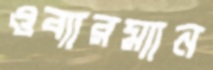
ওব্যারম্যান